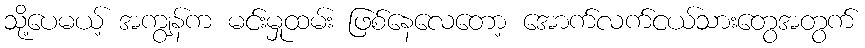
သို့ပေမယ့် အကျွန်က မင်းမှုထမ်း ဖြစ်နေလေတော့ အောက်လက်ငယ်သားတွေအတွက်